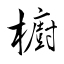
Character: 櫥